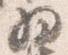
為